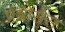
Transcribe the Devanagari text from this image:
प्रप्रोसेस